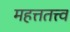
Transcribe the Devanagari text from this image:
महत्ततत्त्व